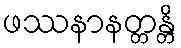
ဖဿနာနတ္တန္တိ